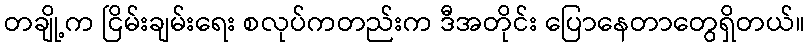
တချို့က ငြိမ်းချမ်းရေး စလုပ်ကတည်းက ဒီအတိုင်း ပြောနေတာတွေရှိတယ်။